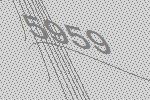
5959